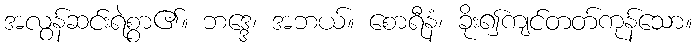
အလွန်ဆင်းရဲစွာ၏။ ဘဒ္ဒေ၊ အဘယ်။ စောရီနံ၊ ခိုး၍ကျင်တတ်ကုန်သော။